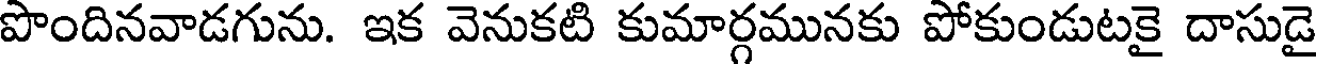
పొందినవాడగును. ఇక వెనుకటి కుమార్గమునకు పోకుండుటకై దాసుడై